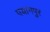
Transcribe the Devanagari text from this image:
पयागपुर